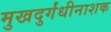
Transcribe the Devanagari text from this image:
मुखदुर्गंधीनाशक